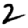
Digit: 2